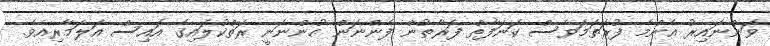
ވަންނައިރު އެންމެ ފުރަތަމަވެސް ކަނަފާތް ފަރާތުން ފެންނަން ހުންނަނީ ރަތްކުލައިގެ އައިސް އަލަމާރިއެވެ.